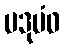
ပဒုမံဝ